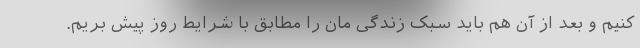
کنیم و بعد از آن هم باید سبک زندگی مان را مطابق با شرایط روز پیش بریم.